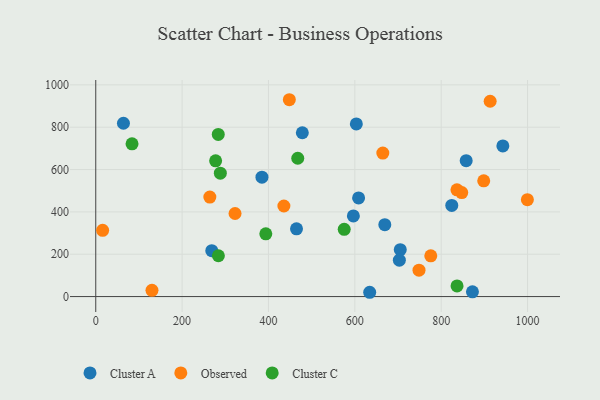
{"axis": {"x": "Distance", "y": "Exam Score"}, "legend": ["Cluster A", "Cluster C", "Observed"], "data": [{"x": "824.5", "y": 430.6, "type": "Cluster A"}, {"x": "942.8", "y": 711.5, "type": "Cluster A"}, {"x": "603.5", "y": 815.7, "type": "Cluster A"}, {"x": "464.9", "y": 320.0, "type": "Cluster A"}, {"x": "596.6", "y": 380.8, "type": "Cluster A"}, {"x": "608.7", "y": 466.1, "type": "Cluster A"}, {"x": "857.9", "y": 641.7, "type": "Cluster A"}, {"x": "384.9", "y": 563.8, "type": "Cluster A"}, {"x": "64.1", "y": 818.7, "type": "Cluster A"}, {"x": "268.7", "y": 216.8, "type": "Cluster A"}, {"x": "634.4", "y": 20.3, "type": "Cluster A"}, {"x": "478.4", "y": 773.9, "type": "Cluster A"}, {"x": "872.4", "y": 22.3, "type": "Cluster A"}, {"x": "669.4", "y": 339.8, "type": "Cluster A"}, {"x": "705.2", "y": 221.6, "type": "Cluster A"}, {"x": "703.1", "y": 171.7, "type": "Cluster A"}, {"x": "435.7", "y": 427.7, "type": "Observed"}, {"x": "15.9", "y": 313.1, "type": "Observed"}, {"x": "775.9", "y": 192.5, "type": "Observed"}, {"x": "999.6", "y": 457.6, "type": "Observed"}, {"x": "130.2", "y": 29.6, "type": "Observed"}, {"x": "898.5", "y": 546.7, "type": "Observed"}, {"x": "847.6", "y": 491.4, "type": "Observed"}, {"x": "322.6", "y": 392.3, "type": "Observed"}, {"x": "913.4", "y": 922.6, "type": "Observed"}, {"x": "664.8", "y": 677.8, "type": "Observed"}, {"x": "448.3", "y": 929.8, "type": "Observed"}, {"x": "748.6", "y": 124.9, "type": "Observed"}, {"x": "264.2", "y": 470.0, "type": "Observed"}, {"x": "836.5", "y": 504.3, "type": "Observed"}, {"x": "284.0", "y": 192.9, "type": "Cluster C"}, {"x": "836.7", "y": 50.5, "type": "Cluster C"}, {"x": "84.0", "y": 721.6, "type": "Cluster C"}, {"x": "575.4", "y": 317.7, "type": "Cluster C"}, {"x": "467.8", "y": 653.4, "type": "Cluster C"}, {"x": "393.8", "y": 296.6, "type": "Cluster C"}, {"x": "288.5", "y": 582.9, "type": "Cluster C"}, {"x": "283.7", "y": 765.8, "type": "Cluster C"}, {"x": "277.6", "y": 641.2, "type": "Cluster C"}]}